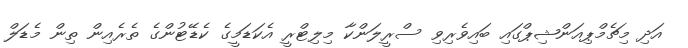
އަދި މިޗެމްޕިއަންޝިޕްގައި ބައިވެރިވި ސްރީލަންކާ މިލިޓްރީ އެކަޑަމީގެ ކެޑޭޓުންގެ ތެރެއިން ތިން މެޑަލް